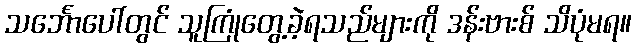
သင်္ဘောပေါ်တွင် သူကြုံတွေ့ခဲ့ရသည်များကို ဒန်းဗားစ် သိပုံမရ။